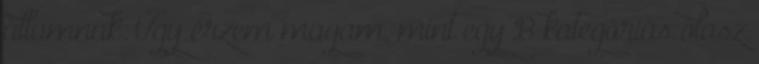
államnak. Úgy érzem magam, mint egy B kategóriás olasz